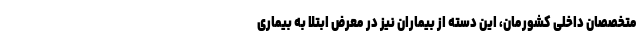
متخصصان داخلی کشورمان، این دسته از بیماران نیز در معرض ابتلا به بیماری